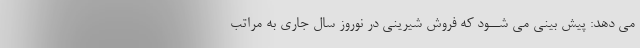
مى دهد: پیش بینى مى شــود که فروش شیرینى در نوروز سال جارى به مراتب